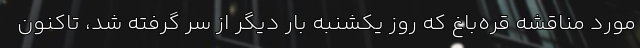
مورد مناقشه قره‌باغ که روز یکشنبه بار دیگر از سر گرفته شد، تاکنون